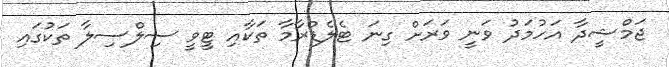
ޖަމްޝީދާ އަހުމަދު ވަނީ ވަރަށް ގިނަ ޓެލެޑްރާމާ ތަކާއި ޓީވީ ސިލްސިލާ ތަކުގައި